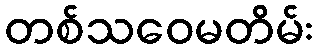
တစ်သဝေမတိမ်း